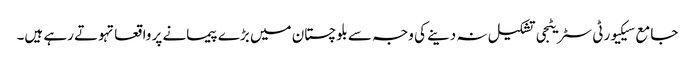
جامع سیکیورٹی سٹریٹجی تشکیل نہ دینے کی وجہ سے بلوچستان میں بڑے پیمانے پر واقعاتہوتے رہے ہیں۔